Civil Veterinary Dept. Bombay admin report 1932-41 - 1932-1941
Year: 1932
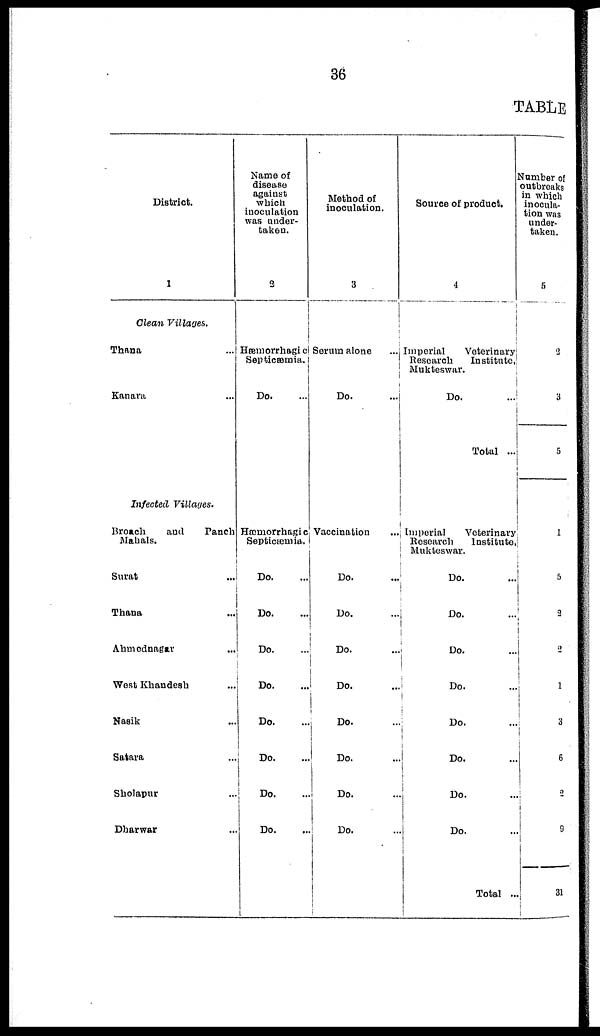
36
TABLE
District.
1
Clean Villages.
Thana ...
Kanara ...
Infected Villages.
Broach
and
Panch
Mahals.
Surat ...
Thana ...
Ahmednagar ...
West Khandesh ...
Nasik ...
Satara ...
Sholapur ...
Dharwar ...
Name of
disease
against
which
inoculation
was under-
taken.
2
Hæmorrhagic
Septicæmia.
Do. ...
Hæmorrhagic
Septicæmia.
Do. ...
Do. ...
Do. ...
Do. ...
Do. ...
Do. ...
Do. ...
Do. ...
Method of
inoculation.
3
Serum alone
...
Do. ...
Vaccination
...
Do. ...
Do. ...
Do. ...
Do. ...
Do. ...
Do. ...
Do. ...
Do. ...
Source of product.
4
Imperial Veterinary
Research
Institute,
Mukteswar.
Do. ...
Total ...
Imperial Veterinary
Research
Institute,
Mukteswar.
Do. ...
Do. ...
Do. ...
Do. ...
Do. ...
Do. ...
Do. ...
Do. ...
Total ...
Number of
outbreaks
in which
inocula-
tion was
under-
taken.
5
2
3
5
1
5
2
2
1
3
6
2
9
31